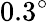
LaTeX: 0.3^{\circ}